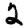
Digit: 2